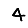
Digit: 4